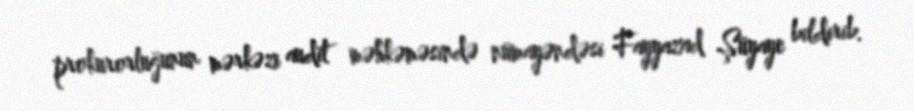
prokurorluğunun mərkəzi audit məhkəməsində nümayəndəsi Fayyazad Şüyaye bildirib.